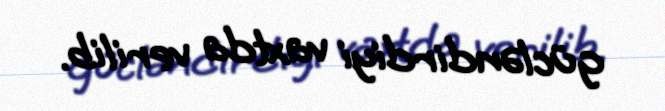
gücləndirdiyi vaxtda verilib.